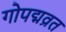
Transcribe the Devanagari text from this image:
गोपद्मव्रत